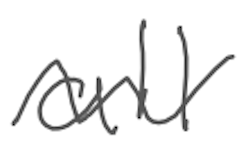
Text: all
Cross-out: wave
Writing tool: digital_gray